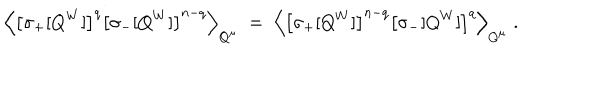
\left\langle \left[ \sigma _ { + } [ Q ^ { W } ] \right] ^ { q } \left[ \sigma _ { - } [ Q ^ { W } ] \right] ^ { n - q } \right\rangle _ { Q ^ { \mu } } \; = \; \left\langle \left[ \sigma _ { + } [ Q ^ { W } ] \right] ^ { n - q } \left[ \sigma _ { - } [ Q ^ { W } ] \right] ^ { q } \right\rangle _ { Q ^ { \mu } } \; .